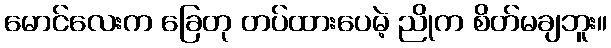
မောင်လေးက ခြေတု တပ်ထားပေမဲ့ ညိုက စိတ်မချဘူး။